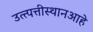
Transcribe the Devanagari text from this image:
उत्त्पत्तीस्थानआहे